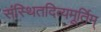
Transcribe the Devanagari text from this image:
संस्थितदिव्यमूर्तिम्